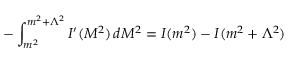
- \int _ { m ^ { 2 } } ^ { m ^ { 2 } + \Lambda ^ { 2 } } I ^ { \prime } ( M ^ { 2 } ) \, d M ^ { 2 } = I ( m ^ { 2 } ) - I ( m ^ { 2 } + \Lambda ^ { 2 } )